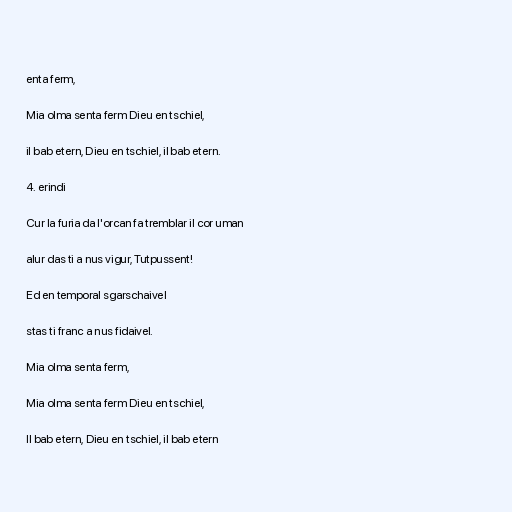
enta ferm,

Mia olma senta ferm Dieu en tschiel,

il bab etern, Dieu en tschiel, il bab etern.

4. erindi

Cur la furia da l'orcan fa tremblar il cor uman

alur das ti a nus vigur, Tutpussent!

Ed en temporal sgarschaivel

stas ti franc a nus fidaivel.

Mia olma senta ferm,

Mia olma senta ferm Dieu en tschiel,

Il bab etern, Dieu en tschiel, il bab etern